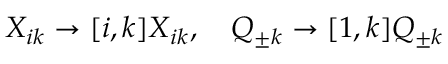
X _ { i k } \to [ i , k ] X _ { i k } , \quad Q _ { \pm k } \to [ 1 , k ] Q _ { \pm k }